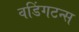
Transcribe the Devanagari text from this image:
वडिंगटन्स